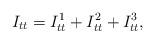
LaTeX: \begin{align*} I_{tt} = I_{tt}^{1} + I_{tt}^{2} + I_{tt}^{3},\end{align*}